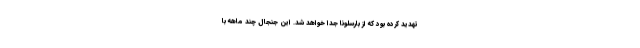
تهدید کرده بود که از بارسلونا جدا خواهد شد. این جنجال چند ماهه با